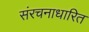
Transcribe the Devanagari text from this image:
संरचनाधारित